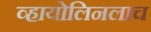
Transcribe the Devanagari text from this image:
व्हायोलिनलाच